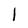
Character: l